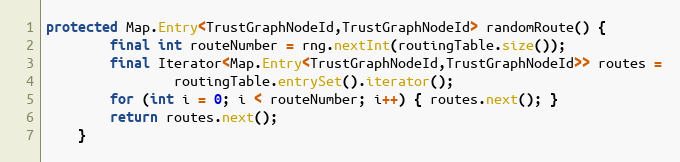
Language: Java
protected Map.Entry<TrustGraphNodeId,TrustGraphNodeId> randomRoute() {
        final int routeNumber = rng.nextInt(routingTable.size());
        final Iterator<Map.Entry<TrustGraphNodeId,TrustGraphNodeId>> routes =
                routingTable.entrySet().iterator();
        for (int i = 0; i < routeNumber; i++) { routes.next(); }
        return routes.next();
    }